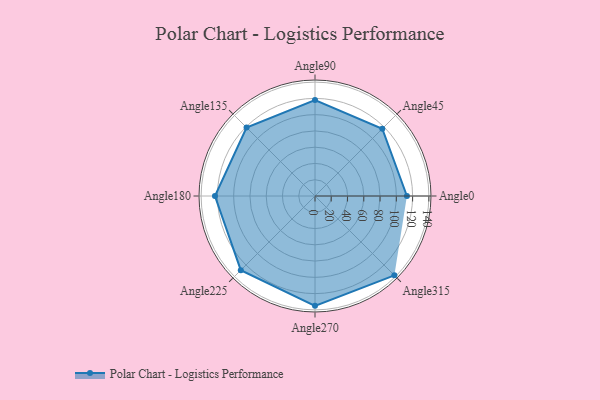
{"axis": {"x": "Angle", "y": "Radius"}, "legend": [""], "data": [{"x": "Angle0", "y": 113.0, "type": ""}, {"x": "Angle45", "y": 117.0, "type": ""}, {"x": "Angle90", "y": 118.0, "type": ""}, {"x": "Angle135", "y": 119.0, "type": ""}, {"x": "Angle180", "y": 123.0, "type": ""}, {"x": "Angle225", "y": 129.0, "type": ""}, {"x": "Angle270", "y": 135.0, "type": ""}, {"x": "Angle315", "y": 138.0, "type": ""}]}